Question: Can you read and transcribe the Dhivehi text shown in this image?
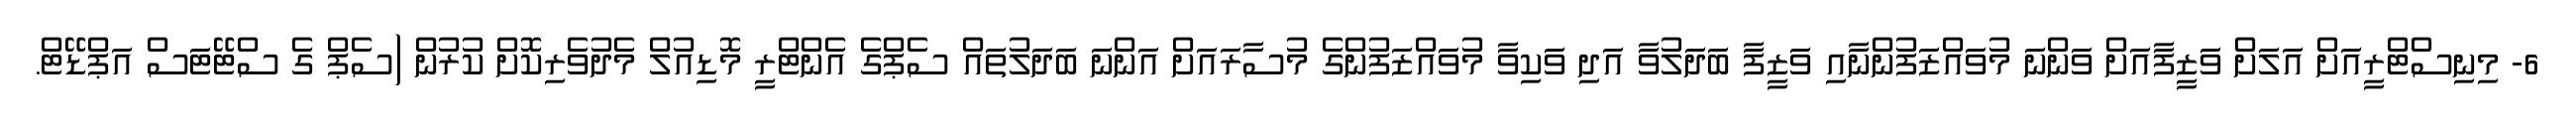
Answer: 6- މިނިސްޓްރީއަށް އަލަށް ވަޒީފާއަށް ވަންނަ މުވައްޒަފުންނާއި ވަޒީފާ ބަދަލުވާ އަދި ވަކިވާ މުވައްޒަފުންގެ މުސާރައަށް އަންނަ ބަދަލުތައް ސެޕްގެ އެންޓްރީ މޮޑިއުލް މެދުވެރިކޮށް ކުރުން (ސެޕް ގެ ސްޓޭޓަސް އަޕްޑޭޓް.